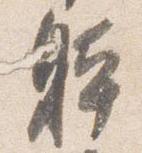
躰